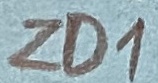
Text: ZD1